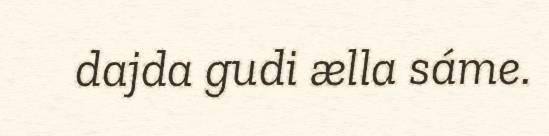
dajda gudi ælla sáme.